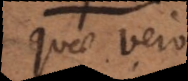
Quae vero